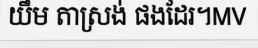
យឹម តាស្រង់ ផងដែរ។MV